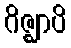
ဂိဇ္ဈာပိ